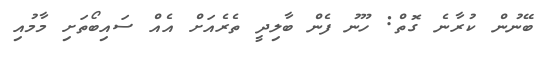
ބޭނުން ކުރާނެ ގޮތް: ހޫނު ފެން ބާލިދީ ތެރެއަށް އެއް ސައިބޯތަށި މާމުއި